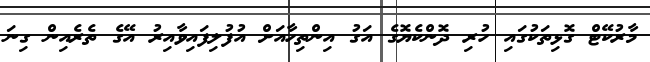
މާރުކޭޓް ގޮޅިތަކުގައި ހުރި ދޮންކެޔޮގެ އަގު އިންތިހާއަށް އުފުލިފައިވާއިރު އޭގެ ތެރެއިން ގިނަ